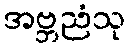
အဗ္ဘညံသု